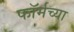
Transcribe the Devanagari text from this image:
फॉर्मच्या